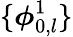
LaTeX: \{ \boldsymbol{\phi}_{0,l}^{1}\}